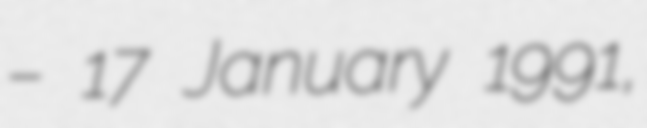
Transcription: – 17 January 1991,